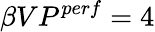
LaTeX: \beta VP^{perf}=4